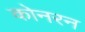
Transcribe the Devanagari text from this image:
कोनरन